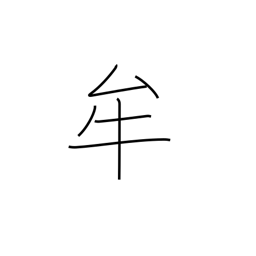
Meaning: pupil (eye)